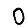
Digit: 0